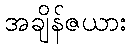
အချိန်ဇယား